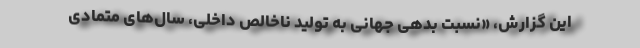
این گزارش، «نسبت بدهی جهانی به تولید ناخالص داخلی، سال‌های متمادی